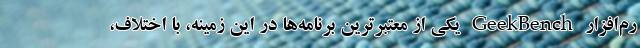
رم‌افزار GeekBench یکی از معتبرترین برنامه‌ها در این زمینه، با اختلاف،